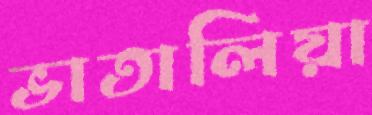
ভাতালিয়া